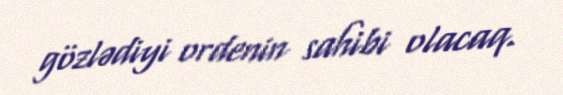
gözlədiyi ordenin sahibi olacaq.